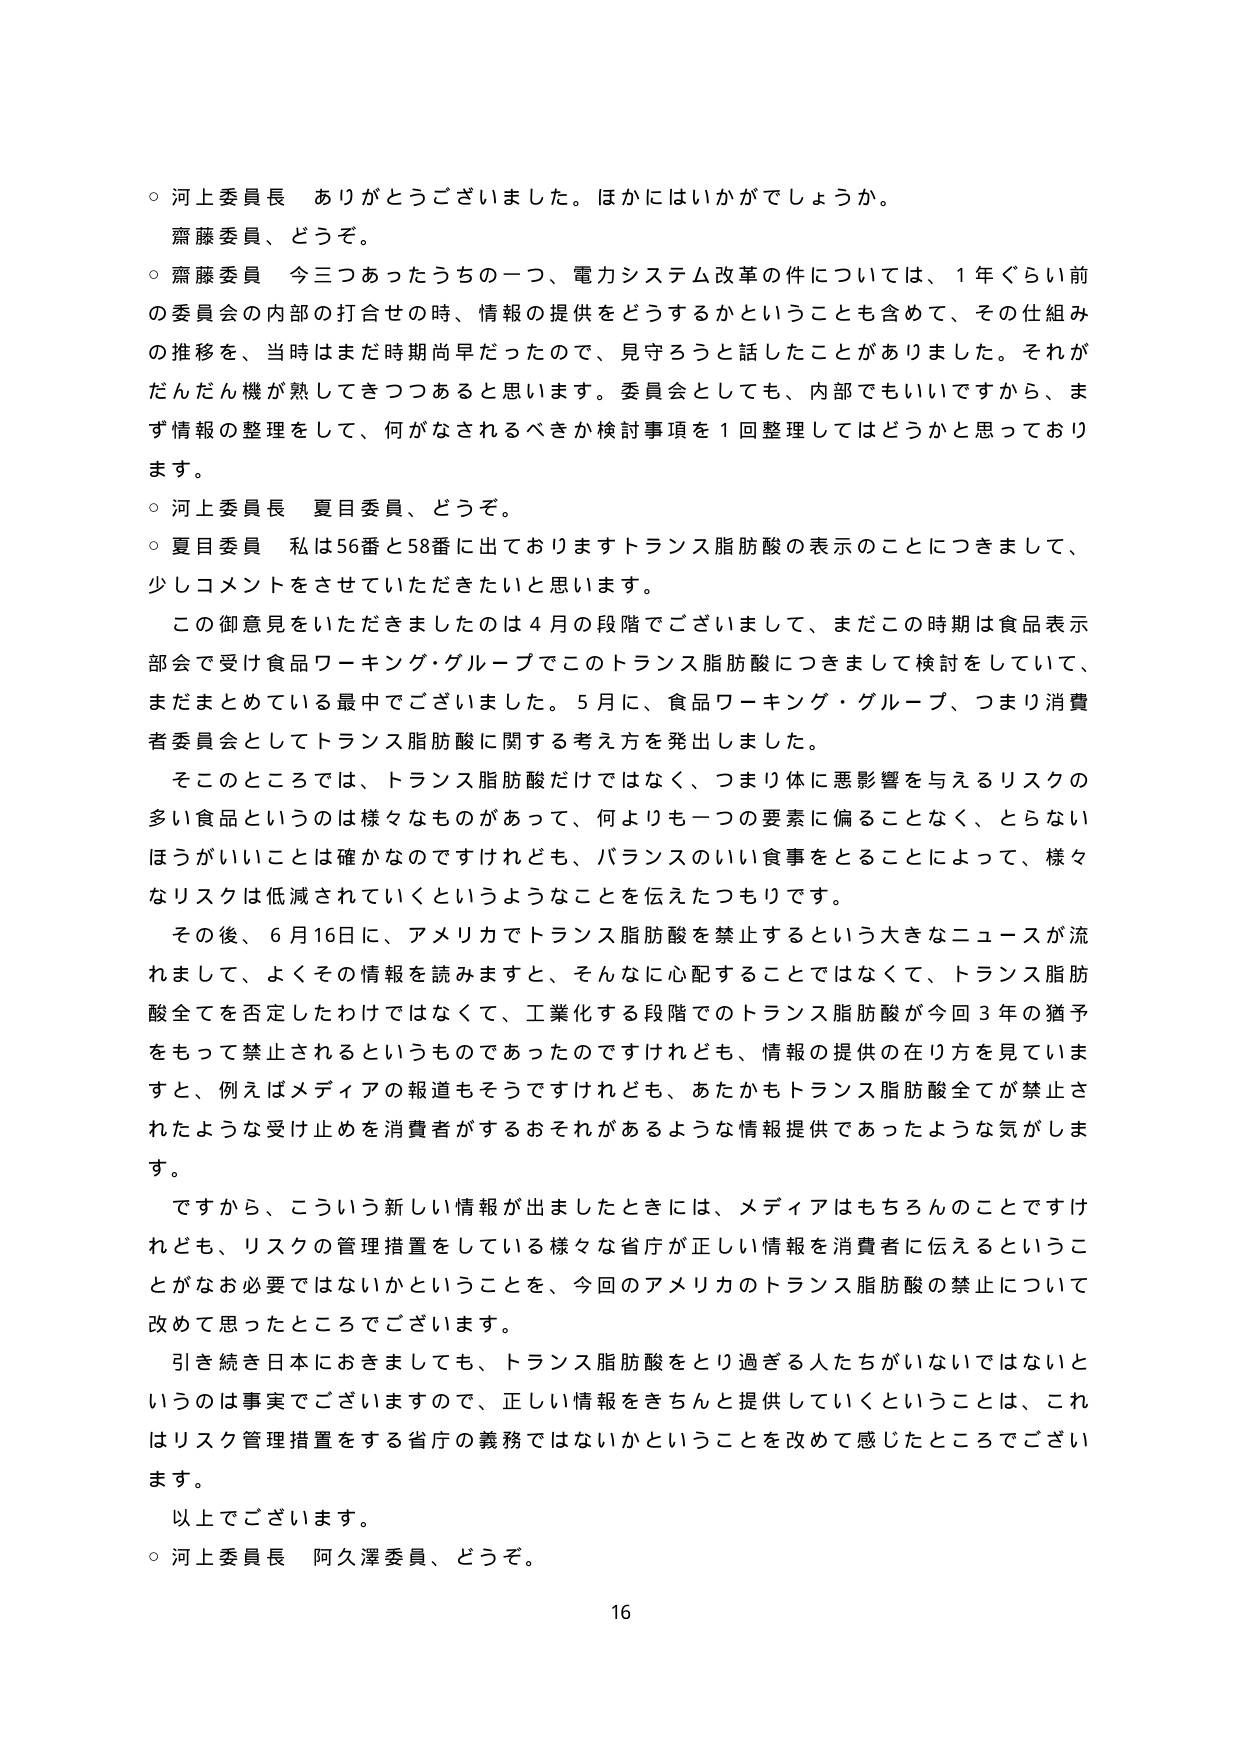
○ 河上委員長 ありがとうございました。ほかにはいかがでしょうか。
　齋藤委員、どうぞ。

○ 齋藤委員 今三つあったうちの一つ、電力システム改革の件については、１年ぐらい前の委員会の内部の打合せの時、情報の提供をどうするかということも含めて、その仕組みの推移を、当時はまだ時期尚早だったので、見守ろうと話したことがありました。それがだんだん機が熟してきつつあると思います。委員会としても、内部でもいいですから、まず情報の整理をして、何がなされるべきか検討事項を１回整理してはどうかと思っております。

○ 河上委員長 夏目委員、どうぞ。

○ 夏目委員 私は56番と58番に出ておりますトランス脂肪酸の表示のことにつきまして、少しコメントをさせていただきたいと思います。

　この御意見をいただきましたのは４月の段階でございまして、まだこの時期は食品表示部会で受け食品ワーキング・グループでこのトランス脂肪酸につきまして検討をしていて、まだまとめてている最中でございました。５月に、食品ワーキング・グループ、つまり消費者委員会としてトランス脂肪酸に関する考え方を発出しました。

　そのところでは、トランス脂肪酸だけではなく、つまり体に悪影響を与えるリスクの多い食品というのは様々なものがあって、何よりも一つの要素に偏ることなく、とらないほうがいいことは確かなのですがけれども、バランスのいい食事をとることによって、様々なリスクは低減されていくというようなことを伝えたつもりです。

　その後、６月16日に、アメリカでトランス脂肪酸を禁止するという大きなニュースが流れまして、よくその情報を読みますと、そんなに心配することではなくて、トランス脂肪酸全てを否定したわけではなくて、工業化する段階でのトランス脂肪酸が今回３年の猶予をもって禁止されるというものであったのですけれども、情報の提供の在り方を見てみますと、例えばメディアの報道もそうですけれども、あたかもトランス脂肪酸全てが禁止されたような受け止めを消費者がするおそれがあるような情報提供であったような気がします。

　ですから、こういう新しい情報が出ましたときには、メディアはもちろんのことですけれども、リスクの管理措置をしている様々な省庁が正しい情報を消費者に伝えるということがな必要ではないかということを、今回のアメリカのトランス脂肪酸の禁止について改めて思ったところでございます。

　引き続き日本におきましても、トランス脂肪酸をとり過ぎる人たちがいないではないというのは事実でございますので、正しい情報をきちんと提供していくということは、これはリスク管理措置をする省庁の義務ではないかということを改めて感じたところでございます。

　以上でございます。

○ 河上委員長 阿久澤委員、どうぞ。

16